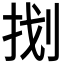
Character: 𭠤